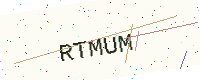
Text: RTMUM